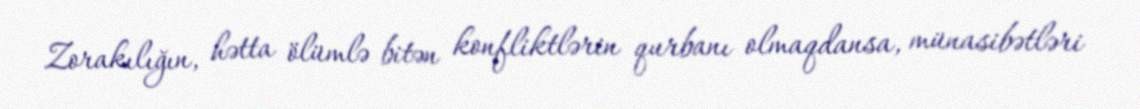
Zorakılığın, hətta ölümlə bitən konfliktlərin qurbanı olmaqdansa, münasibətləri